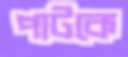
পাটকে